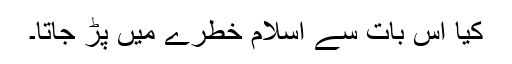
کیا اس بات سے اسلام خطرے میں پڑ جاتا۔